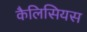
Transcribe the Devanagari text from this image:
कैलिसियस